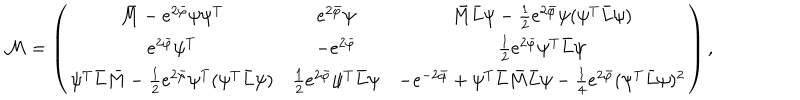
{ \cal M } = \left( \begin{matrix} { { \bar { M } - e ^ { 2 \bar { \varphi } } \psi \psi ^ { T } } } & { { e ^ { 2 \bar { \varphi } } \psi } } & { { \bar { M } \bar { L } \psi - { \frac { 1 } { 2 } } e ^ { 2 \bar { \varphi } } \psi ( \psi ^ { T } \bar { L } \psi ) } } \\ { { e ^ { 2 \bar { \varphi } } \psi ^ { T } } } & { { - e ^ { 2 \bar { \varphi } } } } & { { { \frac { 1 } { 2 } } e ^ { 2 \bar { \varphi } } \psi ^ { T } \bar { L } \psi } } \\ { { \psi ^ { T } \bar { L } \bar { M } - { \frac { 1 } { 2 } } e ^ { 2 \bar { \varphi } } \psi ^ { T } ( \psi ^ { T } \bar { L } \psi ) } } & { { { \frac { 1 } { 2 } } e ^ { 2 \bar { \varphi } } \psi ^ { T } \bar { L } \psi } } & { { - e ^ { - 2 \bar { \varphi } } + \psi ^ { T } \bar { L } \bar { M } \bar { L } \psi - { \frac { 1 } { 4 } } e ^ { 2 \bar { \varphi } } ( \psi ^ { T } \bar { L } \psi ) ^ { 2 } } } \\ \end{matrix} \right) ,